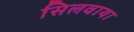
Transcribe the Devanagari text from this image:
सिलवाया